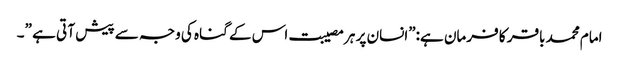
امام محمد باقر کا فرمان ہے:”انسان پر ہر مصیبت اس کے گناہ کی وجہ سے پیش آ تی ہے ”۔